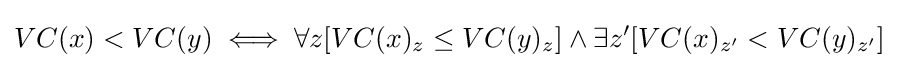
VC(x)<VC(y)\iff \forall z[VC(x)_{z}\leq VC(y)_{z}]\land \exists z'[VC(x)_{z'}<VC(y)_{z'}]